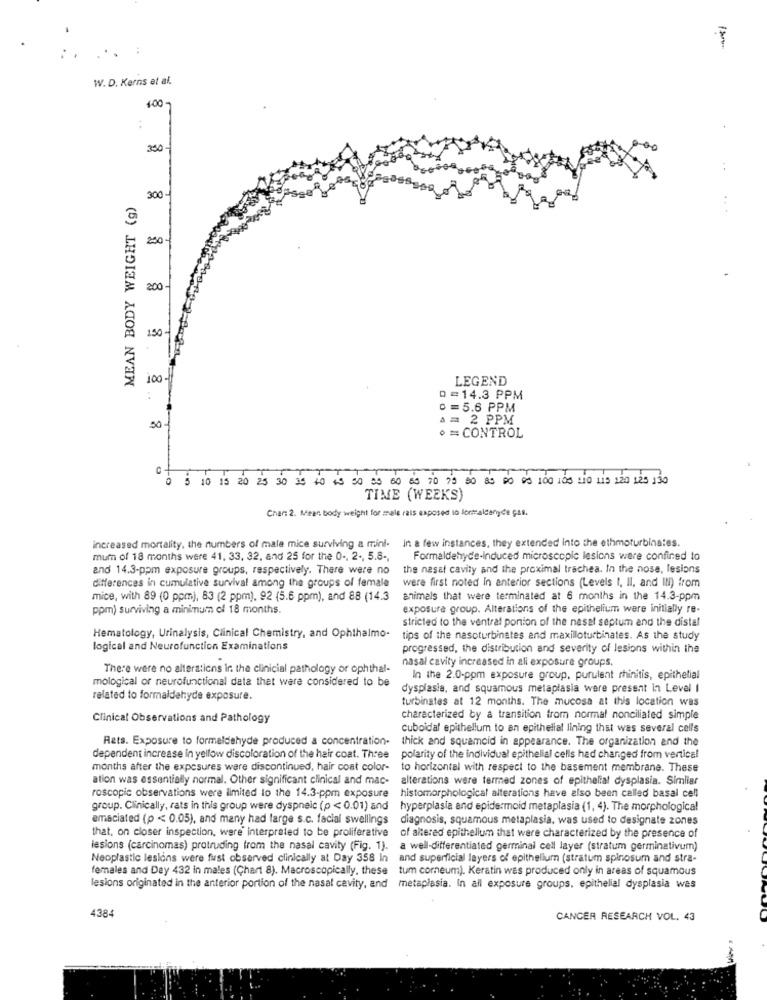
W. D. Kerns et al.
100-
350 -
MEAN BODY WEIGHT (g)
300-
250-
200-
150-
100.
LEGEND
8
0=14.3 PPM
0=5.6 PPM
A = 2 PPM
50
· = CONTROL
C
5 10 15 20 25 30 3
40 +5 30 00 60 53 70 79 90 83 00 09 100 105 :10 115 120 125 130
TIME (WEEKS)
Char: 2. Mean body weight for male rais exposed to formaldehyde Gas.
increased mortality, the numbers of male mice surviving a mini- In a few instances, they extended into the ethmoturbina:es.
mum of 18 months were 41, 33, 32, and 25 for the 0 -, 2 ., 5.8 -,
Formaldehyde-Induced microscopic lesions were confined to
and 14.3-ppm exposure groups, respectively. There were no
the nasal cavity and the proximal trachea. In the nose, lesions
differences in cumulative survival among the groups of female
were first noted In anterior sections (Levels I, II, and IN) from
mice, with 89 (0 ppm), 83 (2 ppm). 92 (5.6 ppm), and 88 (14.3
animals that were terminated at 6 months in the 14.3-ppm
ppm) surviving a minimum of 18 months.
exposure group. Alterations of the epithelium were initially re-
stricted to the ventral portion of the nasel septum and the distal
Hematology, Urinalysis, Clinical Chemistry, and Ophthalmo-
tips of the nasoturbinates and maxilloturbinates. As the study
logical and Neurofunction Examinations
progressed, the distribution and severity of lesions within the
nasal cavity increased in all exposure groups.
There were no alterations ir. the clinical pathology or ophthal-
mological of neurofunctional data that were considered to be
In the 2.0-ppm exposure group, purulent rhinitis, epithelial
dysplasia, and squamous metaplasia were present in Level I
related to formaldehyde exposure.
turbinates at 12 months. The mucosa at this location was
Clinical Observations and Pathology
characterized by a transition from normal noncilialed simple
cuboidal epithelium to an epithelial lining that was several cells
Rats. Exposure to formaldehyde produced a concentration-
thick and squamoid in appearance. The organization and the
dependent increase in yellow discoloration of the hair coat. Three
polarity of the individual epithelial cells had changed from vertical
months after the exposures were discontinued, hair coat color-
to horizontal with respect to the basement membrane. These
ation was essentially normal. Other significant clinical and mac-
alterations were termed zones of epithelial dysplasia. Similar
roscopic observations were limited lo the 14.3-ppm exposure
histomorphological alterations have also been called basal cell
group. Clinically, rats in this group were dyspneic (p < 0.01) and
hyperplasia and epidermoid metaplasia (1, 4). The morphological
emaciated (p < 0.05), and many had large s.c. facial swellings
diagnosis, squamous metaplasia, was used to designate zones
that, on closer inspection, were' interpreted to be proliferative
of altered epithelium that were characterized by the presence of
lesions (carcinomas) protruding from the nasal cavity (Fig. 1).
a well-differentiated germinal cell layer (stratum germinativum)
Neoplastic lesions were fust observed clinically at Day 358 In
and superficial layers of epithelium (stratum spinosum and stra-
females and Day 432 in males (Chart 8). Macroscopically, these
tum corneum). Keratin was produced only in areas of squamous
lesions originated in the anterior portion of the nasal cavity, and metaplasia. In all exposure groups, epithelial dysplasia was
4384
CANCER RESEARCH VOL. 43